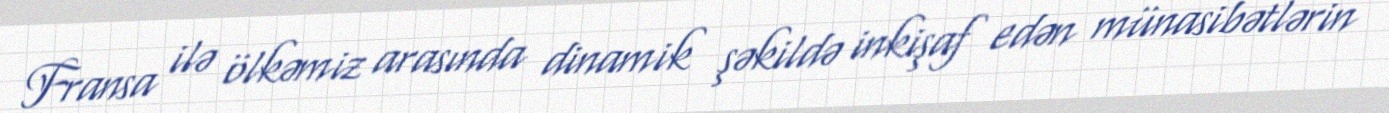
Fransa ilə ölkəmiz arasında dinamik şəkildə inkişaf edən münasibətlərin